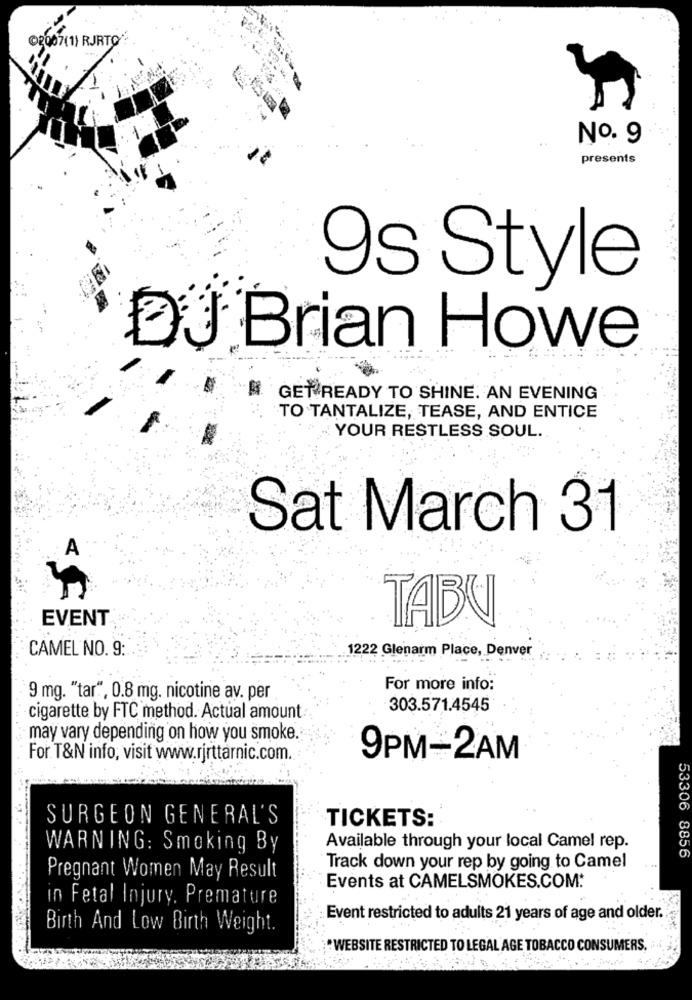
@2007(1) RJRTO
No. 9
presents
9s Style
DJ Brian Howe
GET READY TO SHINE. AN EVENING
TO TANTALIZE, TEASE, AND ENTICE
YOUR RESTLESS SOUL.
Sat March 31
A
EVENT
TABU
CAMEL NO. 9:
1222 Glenarm Place, Denver
For more info:
9 mg. "tar", 0.8 mg. nicotine av. per
303.571.4545
cigarette by FTC method. Actual amount
may vary depending on how you smoke.
For T&N info, visit www.rjrttarnic.com.
9PM-2AM
SURGEON GENERAL'S
TICKETS:
WARNING: Smoking By
Available through your local Camel rep.
53306 8856
Track down your rep by going to Camel
Pregnant Women May Result
Events at CAMELSMOKES.COM:
in Fetal Injury. Premature
Event restricted to adults 21 years of age and older.
Birth And Low Birth Weight.
* WEBSITE RESTRICTED TO LEGAL AGE TOBACCO CONSUMERS.